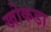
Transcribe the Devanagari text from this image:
खोकडा